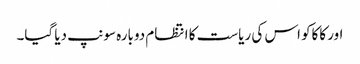
اور کاکاکو اس کی ریاست کا انتظام دوبارہ سونپ دیا گیا۔